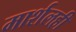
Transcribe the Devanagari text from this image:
मार्शलही